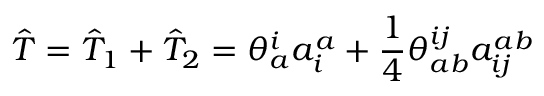
\hat { T } = \hat { T } _ { 1 } + \hat { T } _ { 2 } = \theta _ { a } ^ { i } a _ { i } ^ { a } + \frac { 1 } { 4 } \theta _ { a b } ^ { i j } a _ { i j } ^ { a b }